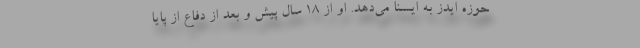
حوزه ایدز به ایسنا می‌دهد. او از ۱۸ سال پیش و بعد از دفاع از پایا